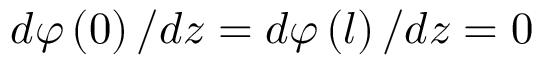
d \varphi \left( 0 \right) / d z = d \varphi \left( l \right) / d z = 0